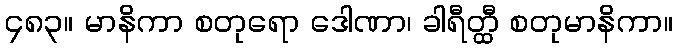
၄၈၃။ မာနိကာ စတုရော ဒေါဏာ၊ ခါရီတ္ထီ စတုမာနိကာ။